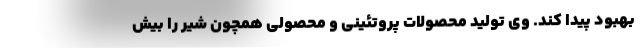
بهبود پیدا کند. وی تولید محصولات پروتئینی و محصولی همچون شیر را بیش